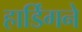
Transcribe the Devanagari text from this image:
हार्डिंगने